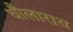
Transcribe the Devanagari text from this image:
धौलाराय